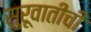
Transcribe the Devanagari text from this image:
सुरूवातीची